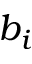
b _ { i }